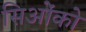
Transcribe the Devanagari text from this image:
सिओंको